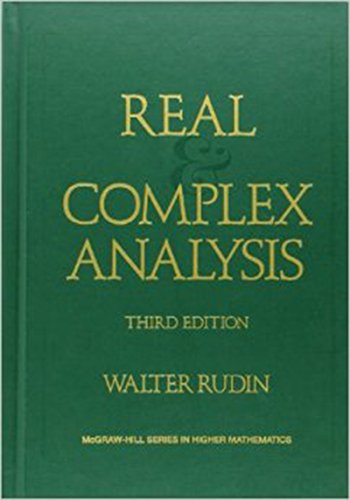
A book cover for Real and Complex Analysis (Higher Mathematics Series); Walter Rudin; Science & Math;